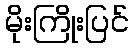
မိုးကြိုးပြင်